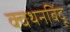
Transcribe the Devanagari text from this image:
क्वथनबिंदू